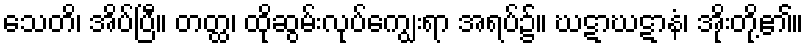
သေတိ၊ အိပ်ပြီ။ တတ္ထ၊ ထိုဆွမ်းလုပ်ကျွေးရာ အရပ်၌။ ဃဋာဃဋာနံ၊ အိုးတို့၏။